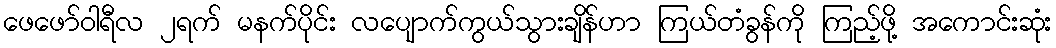
ဖေဖော်ဝါရီလ ၂ရက် မနက်ပိုင်း လပျောက်ကွယ်သွားချိန်ဟာ ကြယ်တံခွန်ကို ကြည့်ဖို့ အကောင်းဆုံး